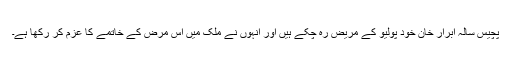
پچیس سالہ ابرار خان خود پولیو کے مریض رہ چکے ہیں اور انہوں نے ملک میں اس مرض کے خاتمے کا عزم کر رکھا ہے۔